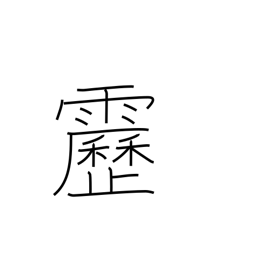
Meaning: lightening